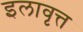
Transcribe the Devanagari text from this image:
इलावृत्त